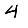
Digit: 4